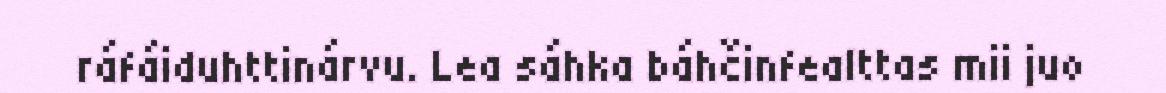
ráfáiduhttinárvu. Lea sáhka báhčinfealttas mii juo